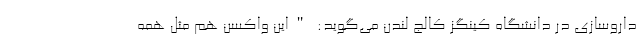
داروسازی در دانشگاه کینگز کالج لندن می‌گوید:‌ "این واکسن هم مثل همه